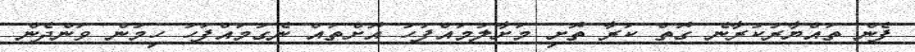
ފެން ތައްޔާރުކުރާނެ ގޮތް ކަރާ ތޮށި މަށާލުމައްފަހު އޮށްތައް ނެގުމައްފަހު ހިމުން ވަންދެން